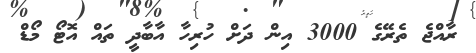
ރާއްޖެ ތެރޭގެ 3000 އިން ދަށް ހުރިހާ އާބާދީ ތައް އޮޓޯ މޯޑް